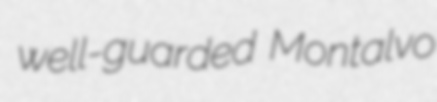
well-guarded Montalvo